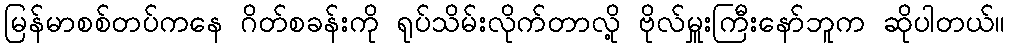
မြန်မာစစ်တပ်ကနေ ဂိတ်စခန်းကို ရုပ်သိမ်းလိုက်တာလို့ ဗိုလ်မှူးကြီးနော်ဘူက ဆိုပါတယ်။